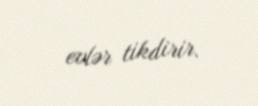
evlər tikdirir.